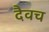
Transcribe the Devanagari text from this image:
दैवच